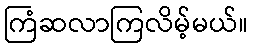
ကြံဆလာကြလိမ့်မယ်။